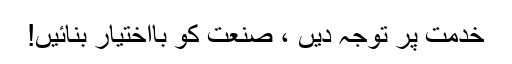
خدمت پر توجہ دیں ، صنعت کو بااختیار بنائیں!